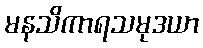
မနသိကာရသမုဒယာ